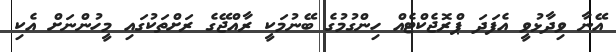
އޭނާ ވިދާޅުވީ އެފަދަ ޕްރޮޖެކްޓެއް ހިންގުމުގެ ބޭނުމަކީ ރާއްޖޭގެ ރަށްތަކުގައި މީހުންނަށް އެކި